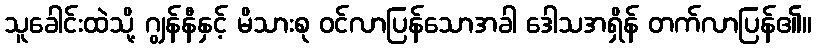
သူခေါင်းထဲသို့ ဂျွန်နီနှင့် မိသားစု ဝင်လာပြန်သောအခါ ဒေါသအရှိန် တက်လာပြန်၏။